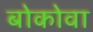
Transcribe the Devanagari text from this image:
बोकोवा